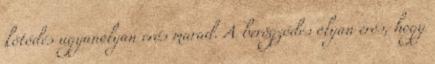
kötődés ugyanolyan erős marad. A berögződés olyan erős, hogy